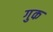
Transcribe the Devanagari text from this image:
गुक